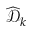
\widehat { \mathcal { D } } _ { k }